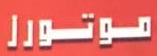
موتورز